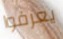
يعرفوا